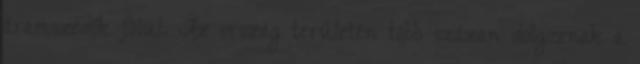
áramszedők fölül. Az ország területén több százan dolgoznak a